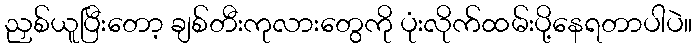
ညှစ်ယူပြီးတော့ ချစ်တီးကုလားတွေကို ပုံးလိုက်ထမ်းပို့နေရတာပါပဲ။